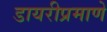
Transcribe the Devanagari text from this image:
डायरीप्रमाणे